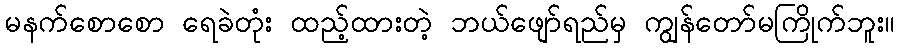
မနက်စောစော ရေခဲတုံး ထည့်ထားတဲ့ ဘယ်ဖျော်ရည်မှ ကျွန်တော်မကြိုက်ဘူး။